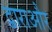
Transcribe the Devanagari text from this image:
द्वाराऔर